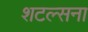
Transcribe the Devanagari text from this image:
शटल्सना